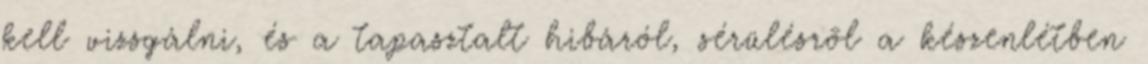
kell vizsgálni, és a tapasztalt hibáról, sérülésrõl a készenlétben